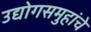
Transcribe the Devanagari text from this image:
उद्योगसमुहांचे